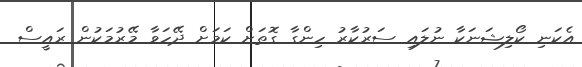
އެކަނި ކޯލިޝަނަކާ ނުލައި ސަރުކާރު ހިންގާ ގޮތަށް ކަމަށް ދޭހަވާ މޭރުމަކުން ރައީސް